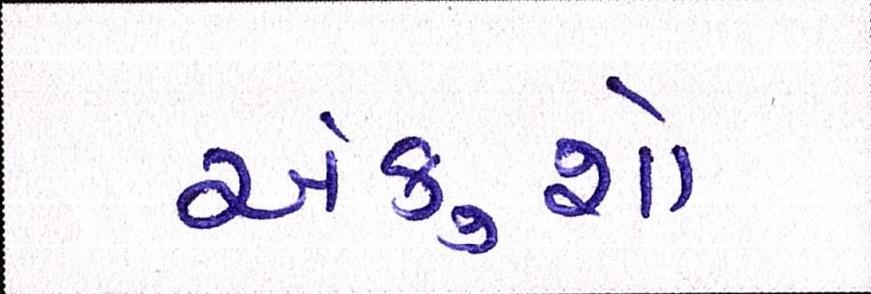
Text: અંકુશો